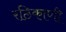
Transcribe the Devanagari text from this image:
रठिकाणी